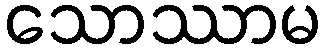
သောဿာမ